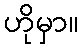
ဟိုမှာ။